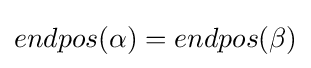
endpos(\alpha )=endpos(\beta )